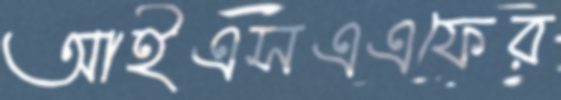
আইএসএএফের